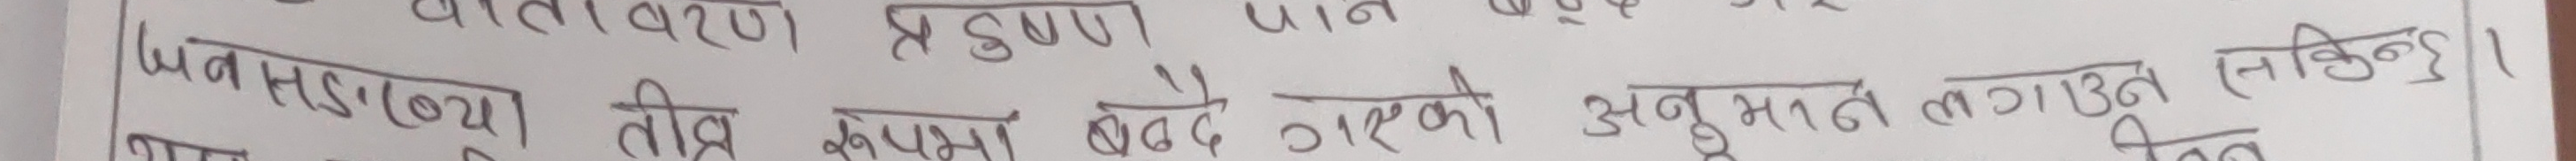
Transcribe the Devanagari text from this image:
जनसंख्या तीव्र रूपमा बढ्दै गएको अनुमान लगाउन सकिन्न।